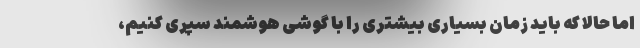
اما حالا که باید زمان بسیاری بیشتری را با گوشی هوشمند سپری کنیم،